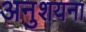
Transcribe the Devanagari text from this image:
अनुशयना